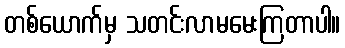
တစ်ယောက်မှ သတင်းလာမမေးကြတာပါ။